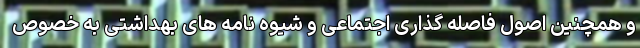
و همچنین اصول فاصله گذاری اجتماعی و شیوه نامه های بهداشتی به خصوص